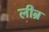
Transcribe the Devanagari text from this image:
लीब्र